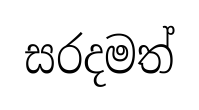
සරදමත්